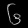
Digit: ၆